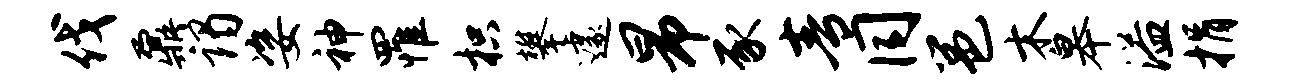
伐鼐谒姿神罹枳攀遽昂豕青同邕木皋溢捐